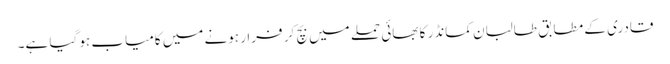
قادری کے مطابق طالبان کمانڈر کا بھائی حملے میں بچ کر فرار ہونے میں کامیاب ہو گیا ہے۔